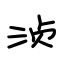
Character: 浈